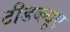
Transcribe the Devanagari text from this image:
टीडब्ल्‍यूए